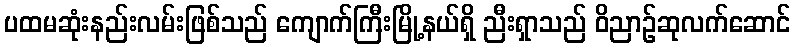
ပထမဆုံးနည်းလမ်းဖြစ်သည် ကျောက်ကြီးမြို့နယ်ရှိ ညီးရှာသည် ဝိညာဉ်ဆုလက်ဆောင်